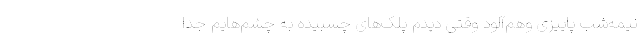
نیمه‌شب پاییزی وهم‌آلود وقتی دیدم پلک‌های چسبیده به چشم‌هایم جدا